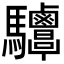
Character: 𩧤